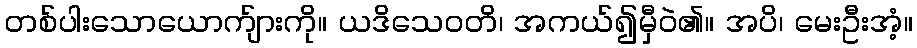
တစ်ပါးသောယောက်ျားကို။ ယဒိသေဝတိ၊ အကယ်၍မှီဝဲ၏။ အပိ၊ မေးဦးအံ့။